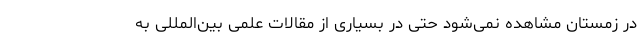
در زمستان مشاهده نمی‌شود حتی در بسیاری از مقالات علمی بین‌المللی به